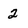
Character: 2